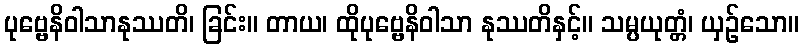
ပုဗ္ဗေနိဝါသာနုဿတိ၊ ခြင်း။ တာယ၊ ထိုပုဗ္ဗေနိဝါသာ နုဿတိနှင့်။ သမ္ပယုတ္တံ၊ ယှဉ်သော။